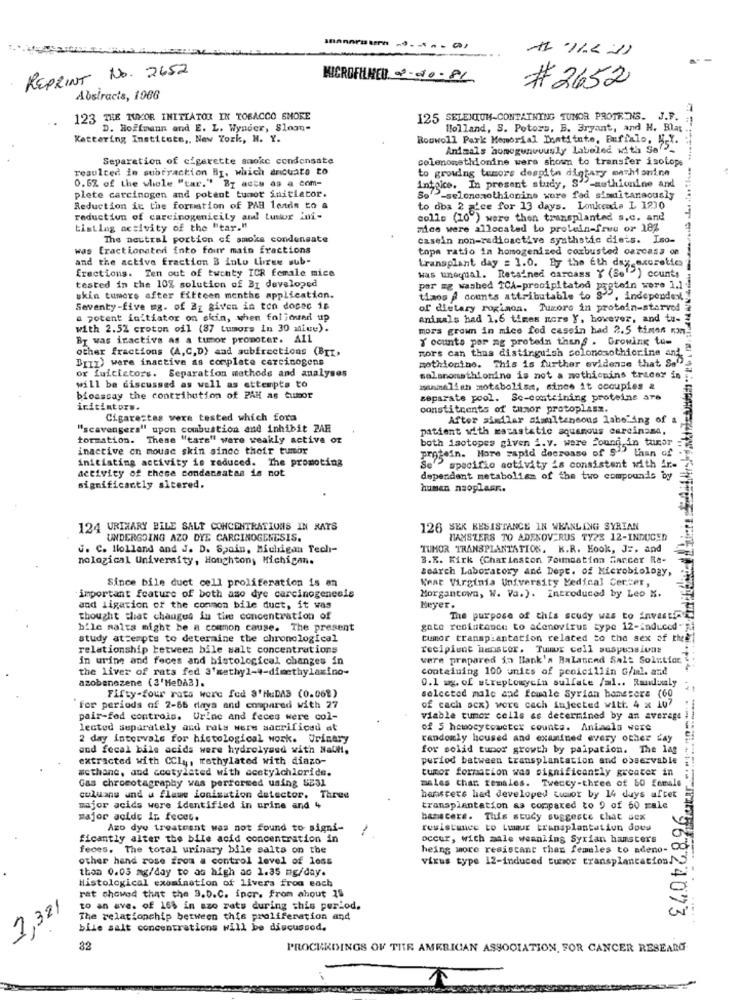
1-11.211
REPRINT No. 2652
MICROFHNED 3-10-8L
# 2652
Abstracts, 1966
123 THE TUMOR INITIATOR IN TOBACCO SHORE
125 SELENIUM-CONTAINING TUNOR PROTEINS. J.P.
D. Hoffmann and E. L. Wynder, Sloan-
Holland, S. Potors, B. Bryant, and H. Blas
Kettering Institute ,, New York, N. Y.
Roowoll Park Memorial Destitute, Buffalo, H.Y.
Animals homogunvously labeled with Se-
Separation of cigarette smoke condensate
colenomethionine were shown to transfer isotops
resulted in subtraction BI, which ancuate to
to growing tumors despitn digtary mathianine
0.6% of the whole "tar." By acts as a com-
Intoice. In present study, S'-authionine and
plete carcinogen and potent tumor initiator.
So'"-selonemethionine wore fad simultaneously
Reduction in the formation of PAB leads to a
to doa 2 'ce for 13 days. Lonkendie L 1230
reduction of carcinogenicily and Lustor ini-
colls (10") were then transplanted s.c. and
tistlag activity of the "tar."
sice were allocated to protein-free or 18%
The neutral portion of smoke condensate
casein non-radioactive systhstic diets. Iso-
was fractionated into four main fractions
topa ratio in homogenized combusted carcass on
and the active fraction B inlu Liree sub-
Erections. Ten out of twohty ICR female mice
transplant day = 1.0. By the 6th day-axuretic
Was unequal. Retained carcass Y (Se"") counts
tested in the 10% solution of BI developed
par ag washed TCA-precipitated protein were 1.1
ukin tumors after fifteen menthe application.
tiaos & counts attributable to S -, independent,
Seventy-five mg. of Bz given in ton docec is
of dietary roginca. Turore in protein-starved
a potent initiator on skin, when followed up
animals had 1.6 times mors Y, however, and tu-
with 2.52 croton oil (87 tumors In 30 miue).
mors grown in mice fed casein had 2.5 times wn
By was inactiva as a tumor promoter. All
Y counts par ag protein thans . Growing to-
other fractions (A,C,D) and subfrections (BIT,
mors can thus distinguish solonosothierine and
DIII) were inactive as complate carcinogens
or fuicistors. Separation methods and analyses
mothionine. This is further evidence that Sa"
solanonathionine is not a methionins tracer in
will be discussed as well as attempts to
winalish motabolisa, since it occupies &
bioassay the contribution of PAH as tumor
separate pool. Se-containing proteins are
iritinturs.
constituents of tumor protoplasz.
Cigarestes vere tested which form
After similar simultaneous labeling of a
"scavengers" upon combustion and inhibit PAR
patient with metastatic squamous carcinoma,
formation. These "tare" were weakly active or
both isotopes given i.v. were found in tumor
inactive on mouse skin since their tumor
protein. Hore rapid decrease of $" than of
initiating activity is reduced. The promoting
activity of those condansatas is not
Se ? specifio activity is consistent with ir
dependent metabolism of the two compounds by
significantly altered.
human nsoplasn.
124 URINARY BILE SALT CONCENTRATIONS IN RATS
126 SEK RESISTANCE IN WEANLING SYRIAN
UNDERGOING AZO DYE CARCINOGENESIS.
HAMSTERS TO ADENOVIRUS TY2% 12-INDUCED
G. C. Holland and J. D. Spain, Michigan Tech-
TUMOR TRANSPLANTATION. K.R. Kook, J :, and
nological University, Houghton; Michigan.
3.K. Kirk (Charleston Formaatinn Sancer Re-
search Laboratory and Dept. of Microbiology,
What Virginia University Medical Center,
Since bile duct cell proliferation is en
important feature of both ase dye carcinogenesis
Morgantown, W. Va.). Introduced by Leo M.
and ligation of the common bile duct, it was
Meyer.
thought that changes in time concentration of
The purpose of this scudy was to invest
bile malts might be a common cause. The present
gate resistance to adenovirus type 12-induced "Ri
study attempts to determine the chronological
tumor transplantation related to the sex of theÈ
relationship between bile salt concentrations
recipient hanstor. Tuur cell suspensions
in urine and feces and bistological changes in
vere prepared in Bank's Balanced Salt Solution
the liver of rats fed 3'methyl-4-dimethylaxino-
containing 100 units of penicillin G/ml. and
azobenezene (3'HeDA3).
0.1 mg. of streptomycin sulfate /al .. Randaly
Fifty-four rats were fed 3'HuDAS (0.06%)
selected male and female Syrian homesera (60
"for periods of 2-66 days and compared with 27
of cach scx) were cach injected witt. 4 x 107
pair-fed controis. Urine and feces were col-
viable tumor cells as determined by an average
lected separately and rats were sacrificed at
of 5 hewocytoweter counts. Aniaals were
2 day intervals for histological work. Urinary
randomly housed and examined every other day
and fecal bile acids were hydrolysed with Nacht,
for solid tupor growth by palpation. The lag
------
extracted with CCly, methylated with diazo-
period between transplantation and observable
#cthanc, and acetylated with acetylchloride.
tumor formation was significantly greater in
Gas chrocotagraphy was performed using SE31
males than females. Tweecy-three of 60 female
culuans und a flame ionisation detector. Three
hansters had developed tumor by 14 days after
major acids were identified in urine and 4
transplantation as compared to 9 of 60 male
major acide In fecet.
hanscere. This study suggeste chat sex
Azo dye treatment was not found to signi-
resistance to Luaur transplantation does
ficantly alter the bile acid concentration in
occur, with male weanling Syrian hamsters
feces. The total urinary bile salts on the
heing more resistant than females to adeno- C
other hand rose from a control level of loss
virus type 12-induced tumor transplantation.
thon 0.05 mg/day to as high ac 1.35 mg/day.
Histological examination of livers from each
rat showed that the 9.D.C. incr. From ahout 18
to an ave. of 168 in szo rats during this period.
2,321
The relationship between this proliferation and
bile salt concentrations will be discussed.
82
PROCEEDINGS OF THE AMERICAN ASSOCIATION, FOR CANCER RESEARG